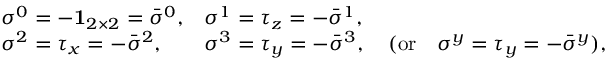
\begin{array} { l l } { { \sigma ^ { 0 } = - { \bf 1 } _ { 2 \times 2 } = { \bar { \sigma } } ^ { 0 } , } } & { { \sigma ^ { 1 } = \tau _ { z } = - { \bar { \sigma } } ^ { 1 } , } } \\ { { \sigma ^ { 2 } = \tau _ { x } = - { \bar { \sigma } } ^ { 2 } , } } & { { \sigma ^ { 3 } = \tau _ { y } = - { \bar { \sigma } } ^ { 3 } , \quad ( \mathrm { o r } \quad \sigma ^ { y } = \tau _ { y } = - { \bar { \sigma } } ^ { y } ) , } } \end{array}